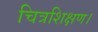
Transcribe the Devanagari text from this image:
चित्रशिक्षण।